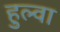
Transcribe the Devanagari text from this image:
हुल्वा